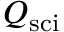
Q _ { \mathrm { s c i } }